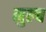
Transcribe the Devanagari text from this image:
मुल्च